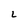
Character: L